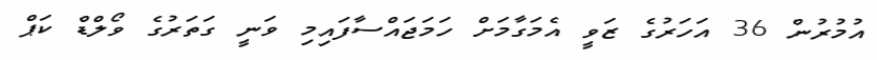
އުމުރުން 36 އަހަރުގެ ޒަވީ އެމަގާމަށް ހަމަޖައްސާފައިމި ވަނީ ގަތަރުގެ ވޯލްޑް ކަޕް